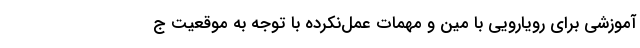
آموزشی برای رویارویی با مین و مهمات عمل‌نکرده با توجه به موقعیت ج